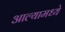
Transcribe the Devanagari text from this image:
आल्यामध्ये